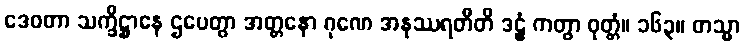
ဒေဝတာ သက္ခိဋ္ဌာနေ ဌပေတွာ အတ္တနော ဂုဏေ အနုဿရတီတိ ဒဠှံ ကတွာ ဝုတ္တံ။ ၁၆၃။ တသ္မာ